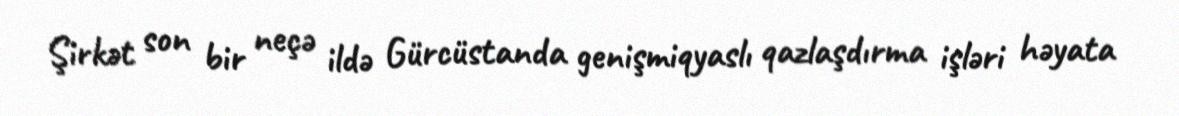
Şirkət son bir neçə ildə Gürcüstanda genişmiqyaslı qazlaşdırma işləri həyata